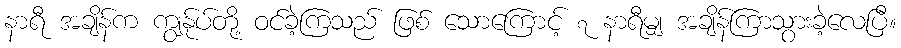
နာရီ အချိန်က ကျွန်ုပ်တို့ ဝင်ခဲ့ကြသည် ဖြစ် သောကြောင့် ၇ နာရီမျှ အချိန်ကြာသွားခဲ့လေပြီ။